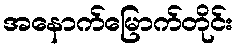
အနောက်မြောက်တိုင်း